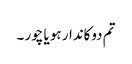
تم دوکاندار ہو یا چور ۔